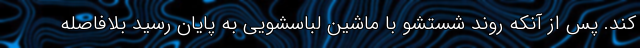
کند. پس از آنکه روند شستشو با ماشین لباسشویی به پایان رسید بلافاصله